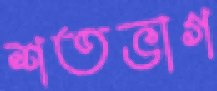
শতভাগ